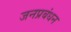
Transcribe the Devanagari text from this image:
जनप्रबंधन